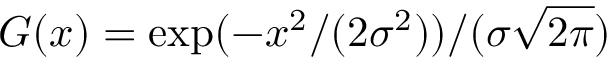
G ( x ) = \exp ( - x ^ { 2 } / ( 2 \sigma ^ { 2 } ) ) / ( \sigma \sqrt { 2 \pi } )